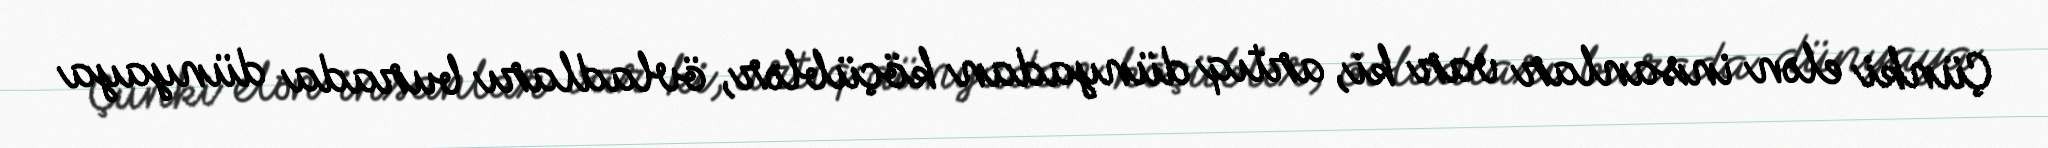
Çünki elən insanlar var ki, artıq dünyadan köçüblər, övladları burada dünyaya